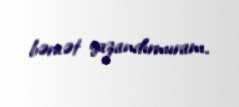
bəraət qazandırmıram.